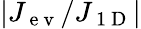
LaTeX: |J_{\mathrm{~e~v~}}/J_{\mathrm{~1~D~}}|